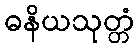
ဓနိယသုတ္တံ